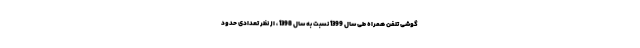
گوشی تلفن همراه طی سال 1399 نسبت به سال 1398 ، از نظر تعدادی حدود